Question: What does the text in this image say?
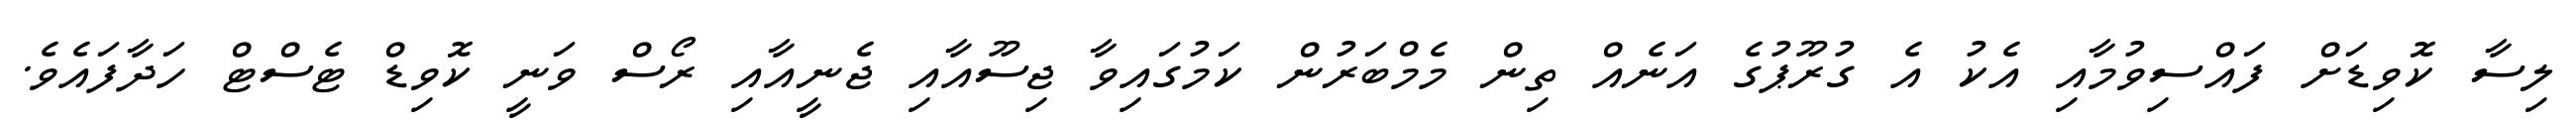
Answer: ލިސާ ކޮވިޑަށް ފައްސިވުމާއި އެކު އެ ގުރޫޕުގެ އަނެއް ތިން މެމްބަރުން ކަމުގައިވާ ޖިސޫއާއި ޖެނީއާއި ރޯސް ވަނީ ކޮވިޑް ޓެސްޓް ހަދާފައެވެ.